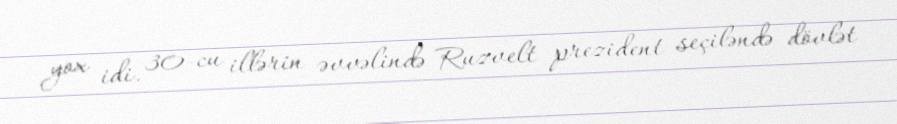
yox idi. 30-cu illərin əvvəlində Ruzvelt prezident seçiləndə dövlət